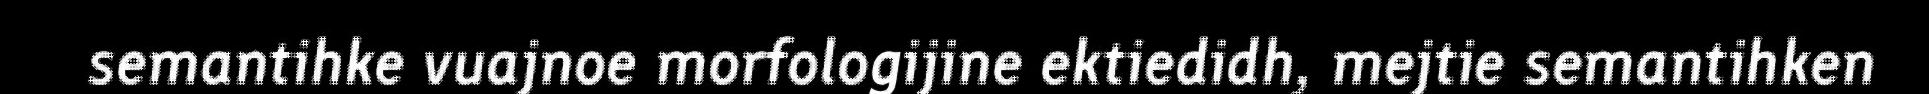
semantihke vuajnoe morfologijine ektiedidh, mejtie semantihken